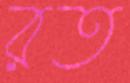
রত